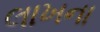
લાખના